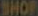
SHOP